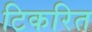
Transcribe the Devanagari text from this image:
टिकरित